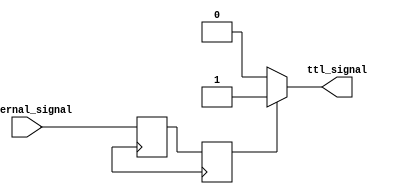
module IO_Block_TTL_Buffer(
    input wire internal_signal,
    output reg ttl_signal
);

reg internal_signal_reg;
reg internal_signal_sync;

// Input register for synchronization
always @(posedge internal_clock)
begin
    internal_signal_reg <= internal_signal;
    internal_signal_sync <= internal_signal_reg;
end

// Logic for level shifting
always @(*)
begin
    if(internal_signal_sync)
        ttl_signal <= 1'b1; // Output at TTL high level
    else
        ttl_signal <= 1'b0; // Output at TTL low level
end

endmodule